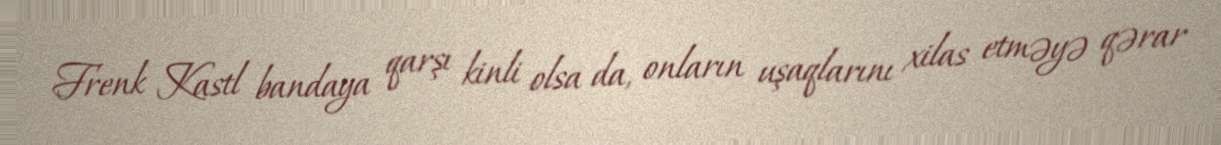
Frenk Kastl bandaya qarşı kinli olsa da, onların uşaqlarını xilas etməyə qərar